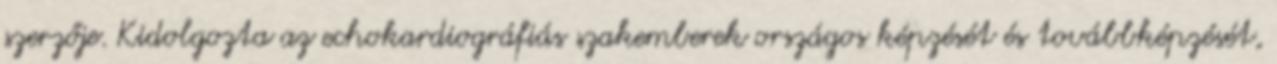
szerzője. Kidolgozta az echokardiográfiás szakemberek országos képzését és továbbképzését,